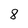
Character: 8